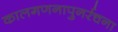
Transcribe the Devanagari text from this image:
कालगणनापुनर्रचना